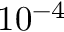
1 0 ^ { - 4 }